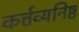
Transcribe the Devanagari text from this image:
कर्त्तव्यनिष्ठ